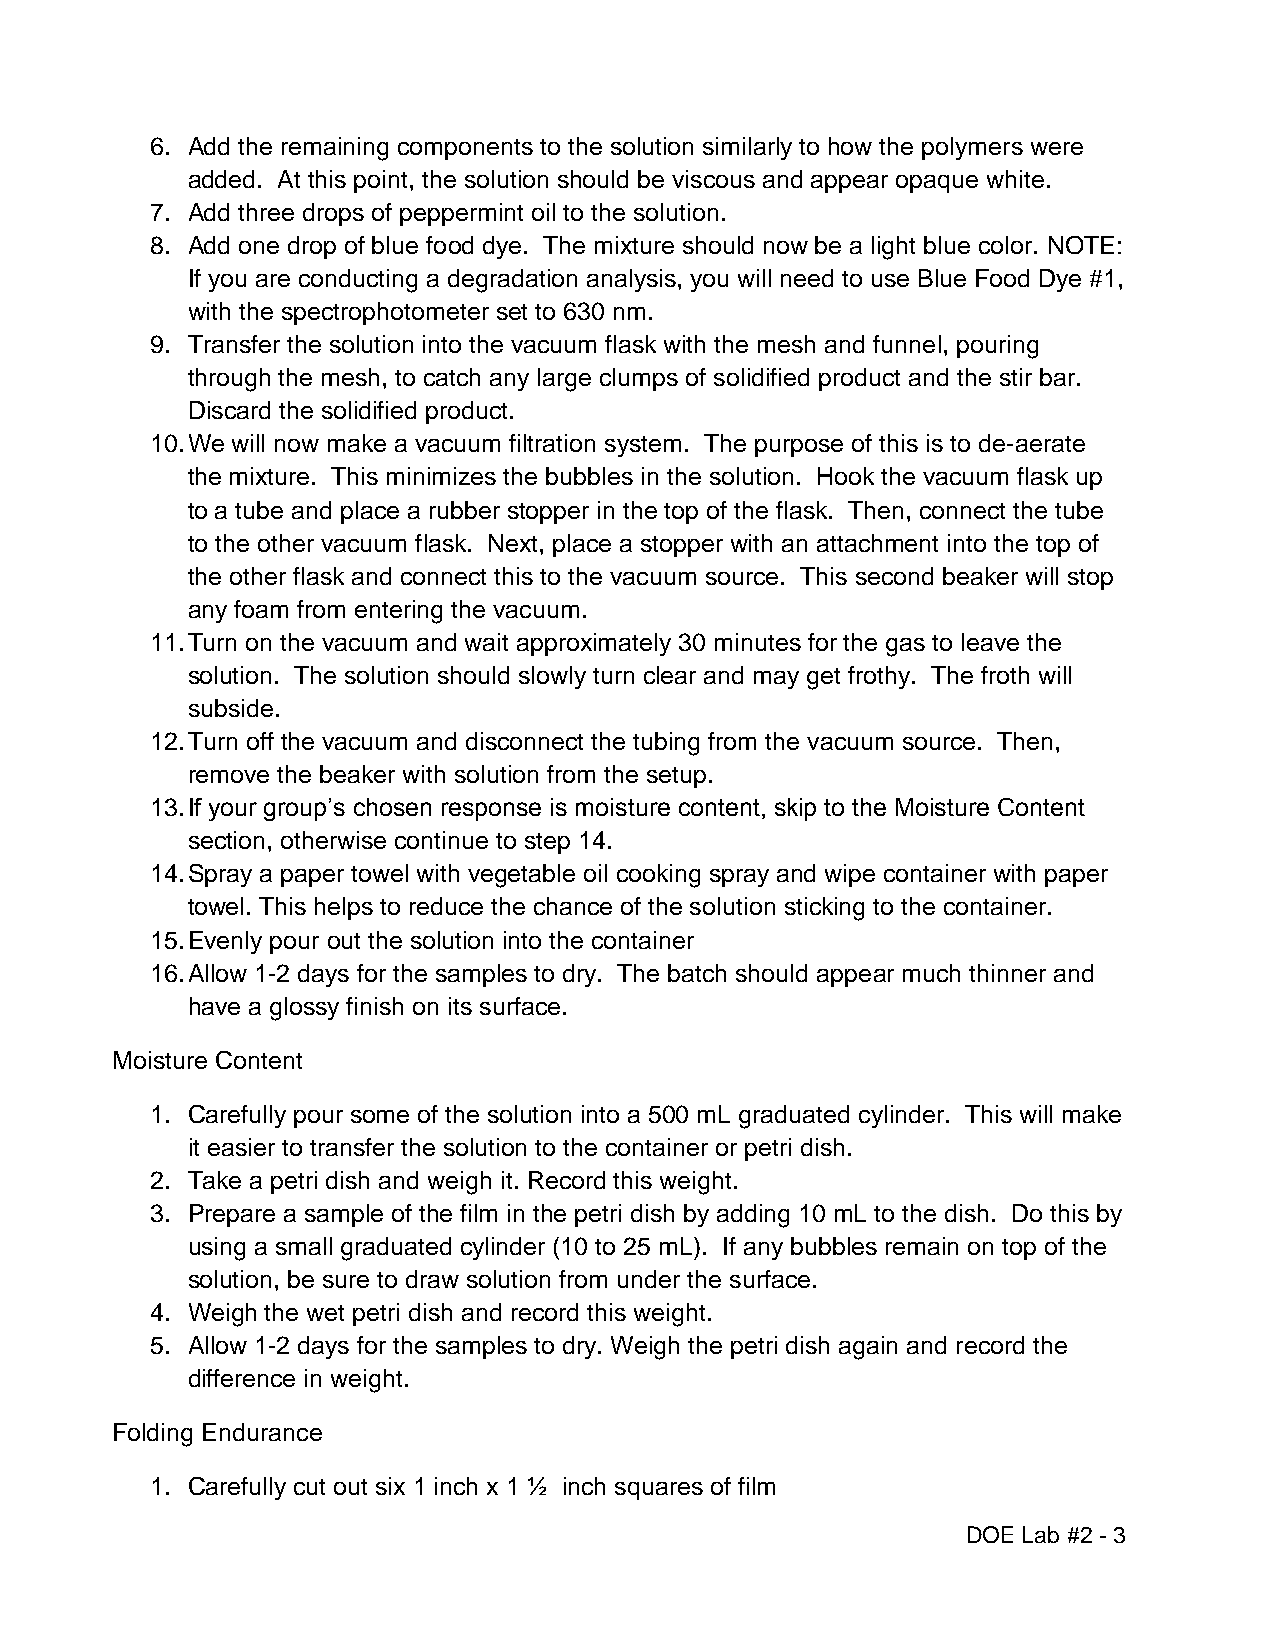
6. Add the remaining components to the solution similarly to how the polymers were
 added. At this point, the solution should be viscous and appear opaque white.
 7. Add three drops of peppermint oil to the solution.
 8. Add one drop of blue food dye. The mixture should now be a light blue color. NOTE:
 If you are conducting a degradation analysis, you will need to use Blue Food Dye #1,
 with the spectrophotometer set to 630 nm.
 9. Transfer the solution into the vacuum flask with the mesh and funnel, pouring
 through the mesh, to catch any large clumps of solidified product and the stir bar.
 Discard the solidified product.
 10. We will now make a vacuum filtration system. The purpose of this is to de-aerate
 the mixture. This minimizes the bubbles in the solution. Hook the vacuum flask up
 to a tube and place a rubber stopper in the top of the flask. Then, connect the tube
 to the other vacuum flask. Next, place a stopper with an attachment into the top of
 the other flask and connect this to the vacuum source. This second beaker will stop
 any foam from entering the vacuum.
 11. Turn on the vacuum and wait approximately 30 minutes for the gas to leave the
 solution. The solution should slowly turn clear and may get frothy. The froth will
 subside.
 12. Turn off the vacuum and disconnect the tubing from the vacuum source. Then,
 remove the beaker with solution from the setup.
 13. If your group’s chosen response is moisture content, skip to the Moisture Content
 section, otherwise continue to step 14.
 14. Spray a paper towel with vegetable oil cooking spray and wipe container with paper
 towel. This helps to reduce the chance of the solution sticking to the container.
 15. Evenly pour out the solution into the container
 16. Allow 1-2 days for the samples to dry. The batch should appear much thinner and
 have a glossy finish on its surface.
 Moisture Content
 1. Carefully pour some of the solution into a 500 mL graduated cylinder. This will make
 it easier to transfer the solution to the container or petri dish.
 2. Take a petri dish and weigh it. Record this weight.
 3. Prepare a sample of the film in the petri dish by adding 10 mL to the dish. Do this by
 using a small graduated cylinder (10 to 25 mL). If any bubbles remain on top of the
 solution, be sure to draw solution from under the surface.
 4. Weigh the wet petri dish and record this weight.
 5. Allow 1-2 days for the samples to dry. Weigh the petri dish again and record the
 difference in weight.
 Folding Endurance
 1. Carefully cut out six 1 inch x 1 ½ inch squares of film
 DOE Lab #2 - 3